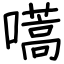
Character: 嚆